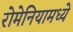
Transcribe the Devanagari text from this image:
रोमेनियामध्ये